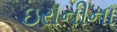
ઇરાનીના